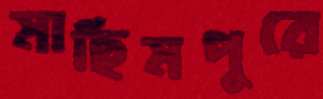
মাছিমপুরে